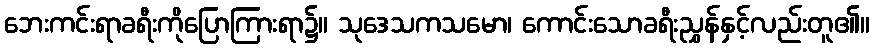
ဘေးကင်းရာခရီးကိုပြောကြားရာ၌။ သုဒေသကသမော၊ ကောင်းသောခရီးညွှန်နှင့်လည်းတူ၏။